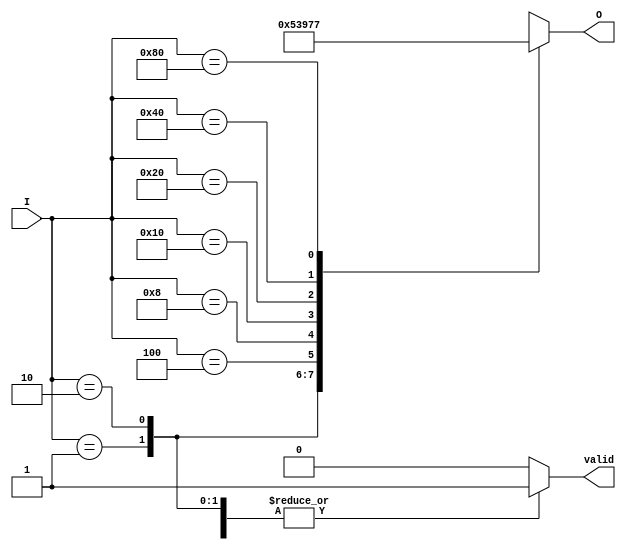
module multilevel_encoder (
    input wire [7:0] I,  // 8 input lines
    output reg [2:0] O,  // 3 output lines
    output reg valid      // Indicates if the output is valid (only one input should be high)
);

    always @(*) begin
        case (I)
            8'b00000001: begin O = 3'b000; valid = 1; end // I0 active
            8'b00000010: begin O = 3'b001; valid = 1; end // I1 active
            8'b00000100: begin O = 3'b010; valid = 1; end // I2 active
            8'b00001000: begin O = 3'b011; valid = 1; end // I3 active
            8'b00010000: begin O = 3'b100; valid = 1; end // I4 active
            8'b00100000: begin O = 3'b101; valid = 1; end // I5 active
            8'b01000000: begin O = 3'b110; valid = 1; end // I6 active
            8'b10000000: begin O = 3'b111; valid = 1; end // I7 active
            default: begin O = 3'bxxx; valid = 0; end // Invalid case or multiple inputs active
        endcase
    end

endmodule